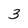
Character: 3